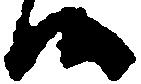
候